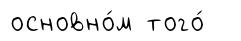
основно́м того́